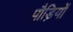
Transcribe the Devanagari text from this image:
पौड़ियों